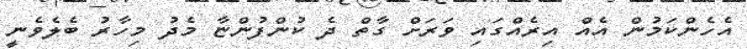
އެހެންކަމުން އެއް އިރެއްގައި ވަރަށް ގާތް ދެ ކުންފުންޏާ މެދު މިހާރު ބެލެވެނީ